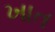
ખાત